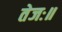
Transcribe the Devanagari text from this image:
तेजः॥